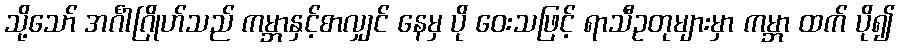
သို့သော် အင်္ဂါဂြိုဟ်သည် ကမ္ဘာနှင့်စာလျှင် နေမှ ပို ဝေးသဖြင့် ရာသီဥတုများမှာ ကမ္ဘာ ထက် ပို၍